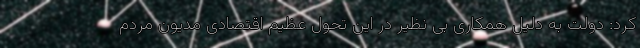
کرد: دولت به دلیل همکاری بی نظیر در این تحول عظیم اقتصادی مدیون مردم